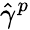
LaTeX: \hat{\gamma}^{p}